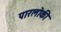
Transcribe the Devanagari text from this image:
पारलोकी